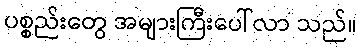
ပစ္စည်းတွေ အများကြီးပေါ်လာ သည်။